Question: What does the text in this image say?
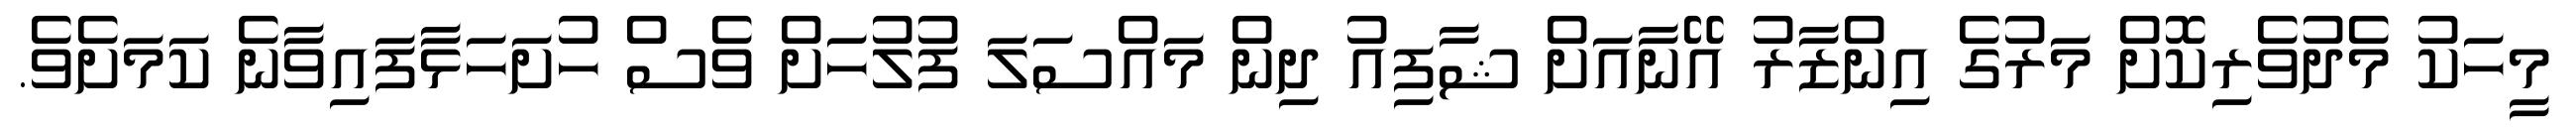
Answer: މީހަކު މެދުވެރިކޮށް މަރުގެ އިންޒާރު އޭނާއަށް ޝާފިއު ދިން މައްސަލަ ފުލުހަށް ވެސް ހުށަހަޅާފައިވާނެ ކަމަށެވެ.